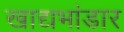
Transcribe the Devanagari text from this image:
खाद्यभांडार